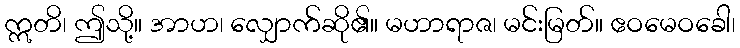
ဣတိ၊ ဤသို့။ အာဟ၊ လျှောက်ဆို၏။ မဟာရာဇ၊ မင်းမြတ်။ ဧဝမေဝခေါ၊